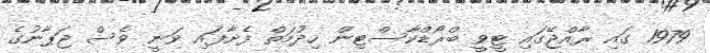
1979 ގައި ރާއްޖޭގައި ޓީވީ ބްރޯޑްކާސްޓިން ހިދުމަތް ފެށާފައި ވަނީ ވެސް ޖަޕާނުގެ